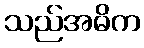
သည်အဓိက